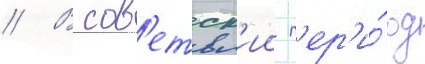
// В сов'етск'ии п'ер'и́од